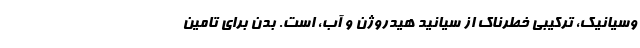
وسيانيك، تركيبي خطرناك از سيانيد هيدروژن و آب، است. بدن براي تامين